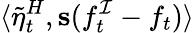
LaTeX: \langle\tilde{\eta}_{t}^{H},\mathbf{s}(f_{t}^{\mathcal{I}}-f_{t})\rangle